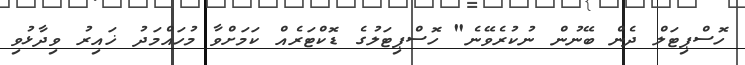
ހޮސްޕިޓަލް ދެން ބޭނުން ނުކުރެވޭނެ" ހޮސްޕިޓަލުގެ ޑޮކްޓަރެއް ކަމަށްވާ މުހައްމަދު ޚައިރު ވިދާޅުވި